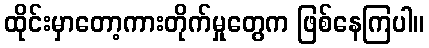
ထိုင်းမှာတော့ကားတိုက်မှုတွေက ဖြစ်နေကြပါ။